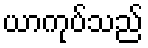
ယာကုပ်သည်